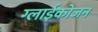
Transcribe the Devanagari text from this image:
ग्लाईकोजन